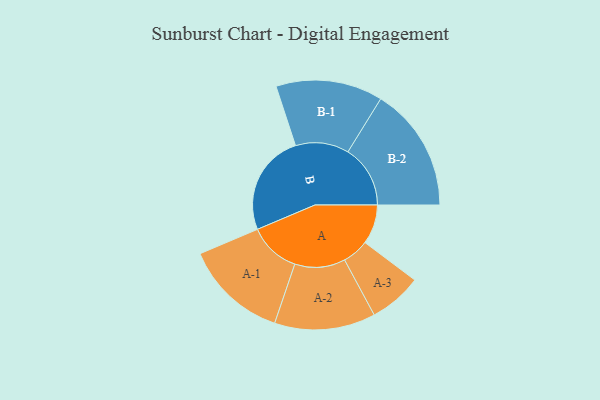
{"axis": {"x": "Segment", "y": "Value"}, "legend": ["", "A", "B"], "data": [{"x": "A", "y": 173, "type": ""}, {"x": "B", "y": 444, "type": ""}, {"x": "A-1", "y": 226, "type": "A"}, {"x": "A-2", "y": 221, "type": "A"}, {"x": "A-3", "y": 116, "type": "A"}, {"x": "B-1", "y": 234, "type": "B"}, {"x": "B-2", "y": 273, "type": "B"}]}